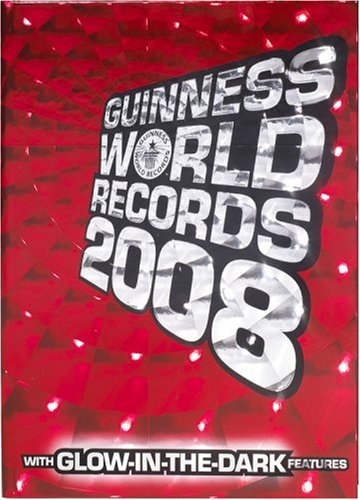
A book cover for Guinness World Records 2008; Guinness World Records; Teen & Young Adult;